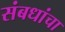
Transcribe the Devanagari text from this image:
संबधांचा